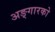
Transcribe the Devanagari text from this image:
अङ्गारको